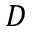
D